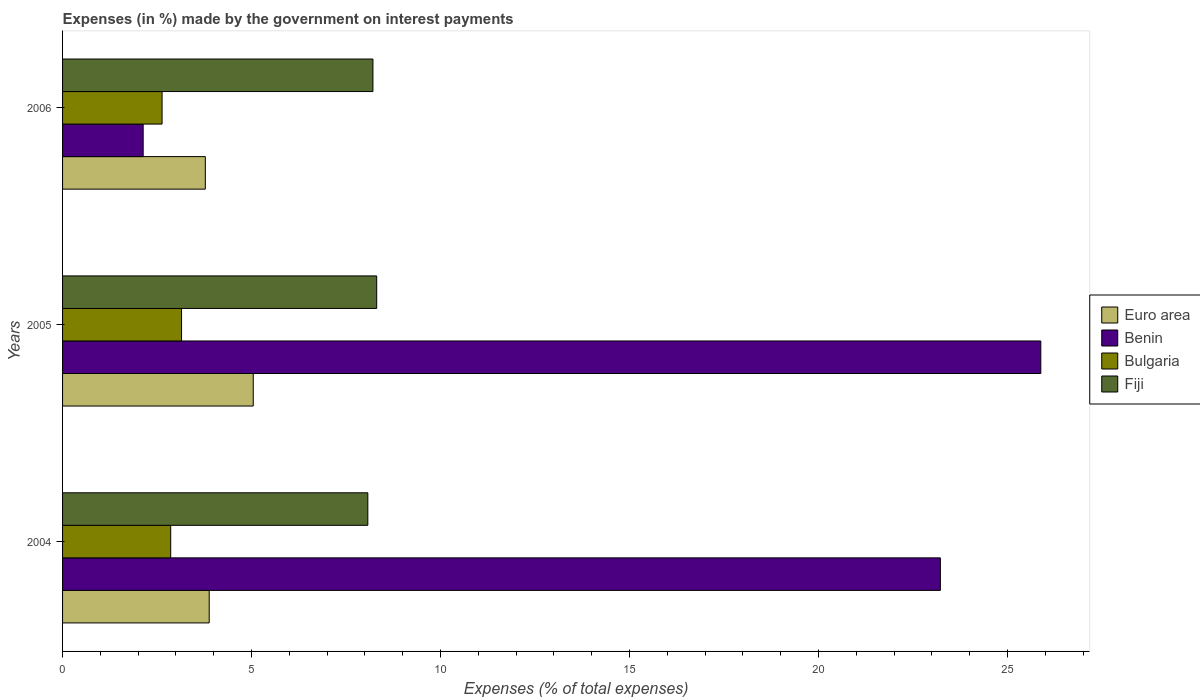
| Years | Euro area | Benin | Bulgaria | Fiji |
 | --- | --- | --- | --- | --- |
 | 2004 | 3.88 | 23.2 | 2.86 | 8.08 |
 | 2005 | 5.04 | 25.9 | 3.15 | 8.31 |
 | 2006 | 3.78 | 2.13 | 2.63 | 8.21 |